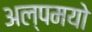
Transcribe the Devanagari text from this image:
अल्पमयो